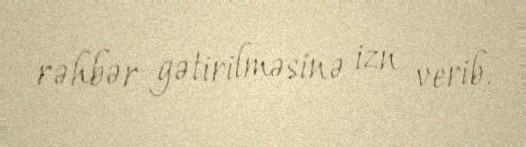
rəhbər gətirilməsinə izn verib.